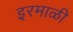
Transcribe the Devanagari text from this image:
इरमाळी